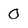
Character: 0